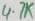
Text: 4.7K